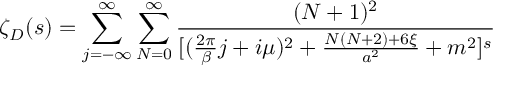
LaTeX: \zeta _ { \cal D } ( s ) = \sum _ { j = - \infty } ^ { \infty } \sum _ { N = 0 } ^ { \infty } { \frac { ( N + 1 ) ^ { 2 } } { [ ( { \frac { 2 \pi } { \beta } } j + i \mu ) ^ { 2 } + { \frac { N ( N + 2 ) + 6 \xi } { a ^ { 2 } } } + m ^ { 2 } ] ^ { s } } }